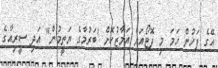
އޭގެ ފަހުން ހަމަ މި ފޮޓޯއަށް އަމާޒުކޮށް 'ބަރުމާގެ ޔަތީމުން" އަދި ސީރިއާގެ